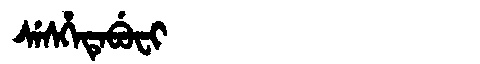
Manchu: ᠰᡝᠰᡥᡝᡨᡝᠪᡠᠸᡳ
Romanization: SESHETEBUFI